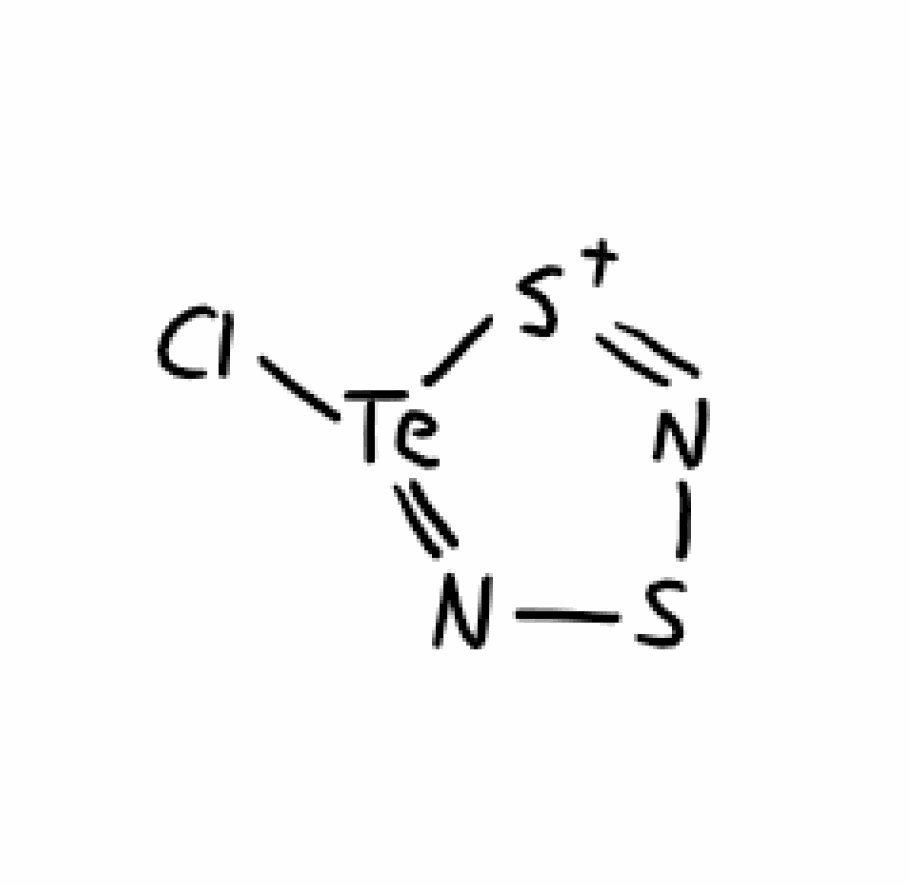
Simplified molecular-input line-entry system (SMILES) notation of the given molecule:
N1=[S+][Te](=NS1)Cl